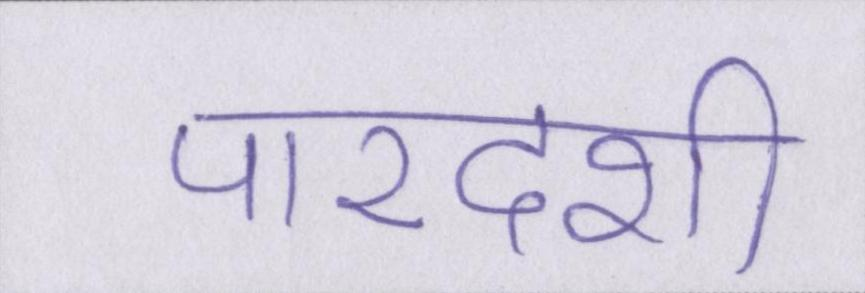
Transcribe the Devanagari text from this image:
पारदर्शी